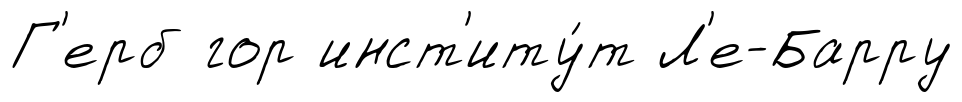
Г'ерб гор инст'иту́т Л'е-Барру